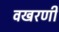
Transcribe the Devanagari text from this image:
वखरणी